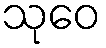
သုဝေ